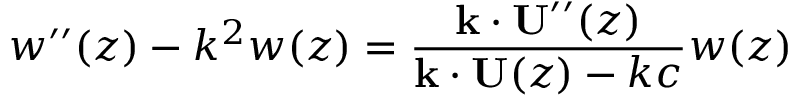
w ^ { \prime \prime } ( z ) - k ^ { 2 } w ( z ) = \frac { \mathbf { k } \cdot \mathbf { U } ^ { \prime \prime } ( z ) } { \mathbf { k } \cdot \mathbf { U } ( z ) - k c } w ( z )